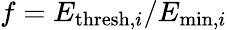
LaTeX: f=E_{\mathrm{thresh},i}/E_{\mathrm{min},i}